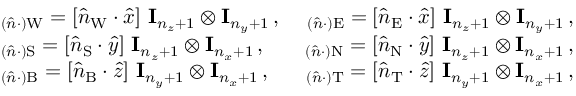
\begin{array} { r l r } & { \mathbf \Lambda _ { ( \hat { n } \cdot ) \mathrm { W } } = [ \hat { n } _ { \mathrm { W } } \cdot \hat { x } ] \ \mathbf I _ { n _ { z } + 1 } \otimes \mathbf I _ { n _ { y } + 1 } \, , } & { \mathbf \Lambda _ { ( \hat { n } \cdot ) \mathrm { E } } = [ \hat { n } _ { \mathrm { E } } \cdot \hat { x } ] \ \mathbf I _ { n _ { z } + 1 } \otimes \mathbf I _ { n _ { y } + 1 } \, , } \\ & { \mathbf \Lambda _ { ( \hat { n } \cdot ) \mathrm { S } } = [ \hat { n } _ { \mathrm { S } } \cdot \hat { y } ] \ \mathbf I _ { n _ { z } + 1 } \otimes \mathbf I _ { n _ { x } + 1 } \, , } & { \mathbf \Lambda _ { ( \hat { n } \cdot ) \mathrm { N } } = [ \hat { n } _ { \mathrm { N } } \cdot \hat { y } ] \ \mathbf I _ { n _ { z } + 1 } \otimes \mathbf I _ { n _ { x } + 1 } \, , } \\ & { \mathbf \Lambda _ { ( \hat { n } \cdot ) \mathrm { B } } = [ \hat { n } _ { \mathrm { B } } \cdot \hat { z } ] \ \mathbf I _ { n _ { y } + 1 } \otimes \mathbf I _ { n _ { x } + 1 } \, , } & { \mathbf \Lambda _ { ( \hat { n } \cdot ) \mathrm { T } } = [ \hat { n } _ { \mathrm { T } } \cdot \hat { z } ] \ \mathbf I _ { n _ { y } + 1 } \otimes \mathbf I _ { n _ { x } + 1 } \, , } \end{array}